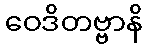
ဝေဒိတဗ္ဗာနိ